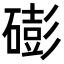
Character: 𥕱